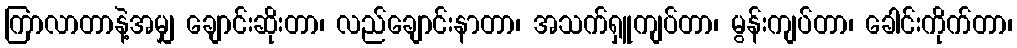
ကြာလာတာနဲ့အမျှ ချောင်းဆိုးတာ၊ လည်ချောင်းနာတာ၊ အသက်ရှူကျပ်တာ၊ မွန်းကျပ်တာ၊ ခေါင်းကိုက်တာ၊